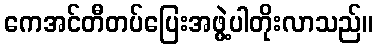
ကေအင်တီတပ်ပြေးအဖွဲ့ပါတိုးလာသည်။